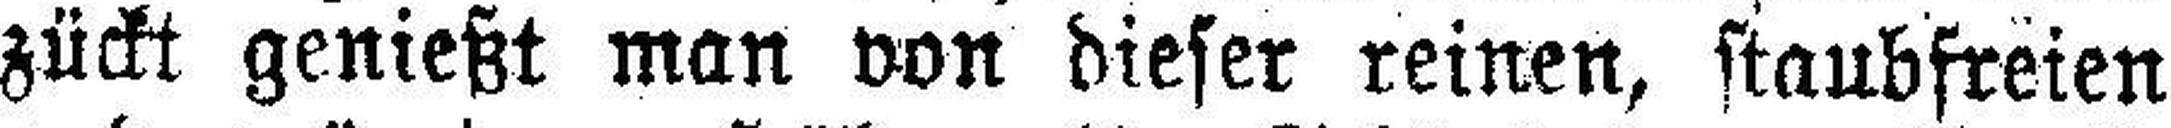
zückt genießt man von dieser reinen, staubfreien